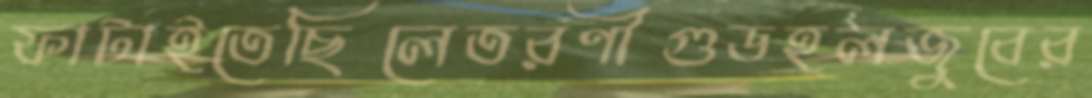
ফাটাইতেছিলেতরণীগুডহলজুবের